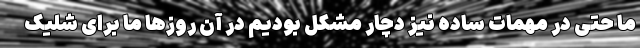
ما حتی در مهمات ساده نیز دچار مشکل بودیم در آن روزها ما برای شلیک